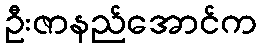
ဦးဇာနည်အောင်က